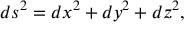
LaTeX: d s ^ { 2 } = d x ^ { 2 } + d y ^ { 2 } + d z ^ { 2 } ,